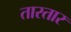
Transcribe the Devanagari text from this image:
तारतार